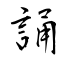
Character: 誦